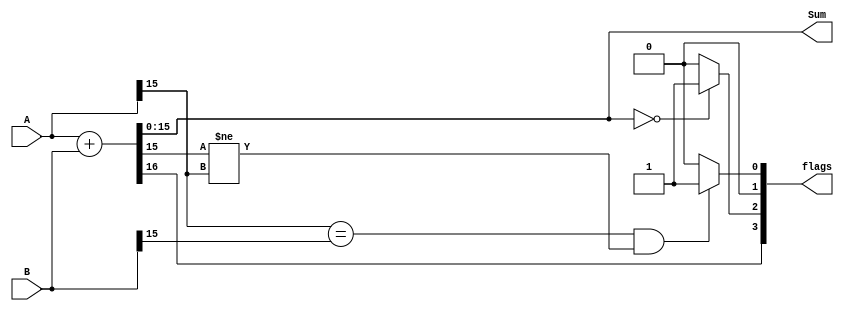
module Add(A, B, Sum, flags);//Flags are NZCV
parameter N=16;
input [(N-1):0] A, B;
output [(N-1):0] Sum;
output [3:0] flags;
wire [N:0] result;

assign {flags[1],result} = A+B;
assign Sum = result;
assign flags[3] = result[N];//negative flag
assign flags[2] = (Sum == 32'h00000000) ? 1:0;//zero flag 
assign flags[0] = ((A[N-1] == B[N-1]) & (Sum[N-1] != A[N-1] ) ) ? 1:0;//z flag

endmodule